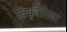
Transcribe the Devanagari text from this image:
विकृतीला